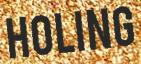
HOLING